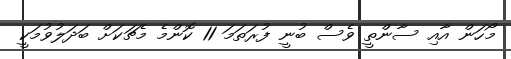
މޯހަން އާއި ސާންތީ ވެސް ބުނީ ފުރަތަމަ 11 ކޮންމެ މެޗަކަށް ބަދަލުވުމަކީ